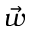
\vec { w }